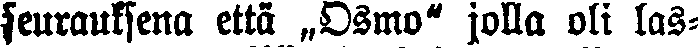
seurauksena että „Osmo" jolla oli las-